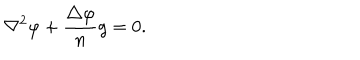
LaTeX: \nabla ^ { 2 } \varphi + { \frac { \triangle \varphi } { n } } g = 0 .